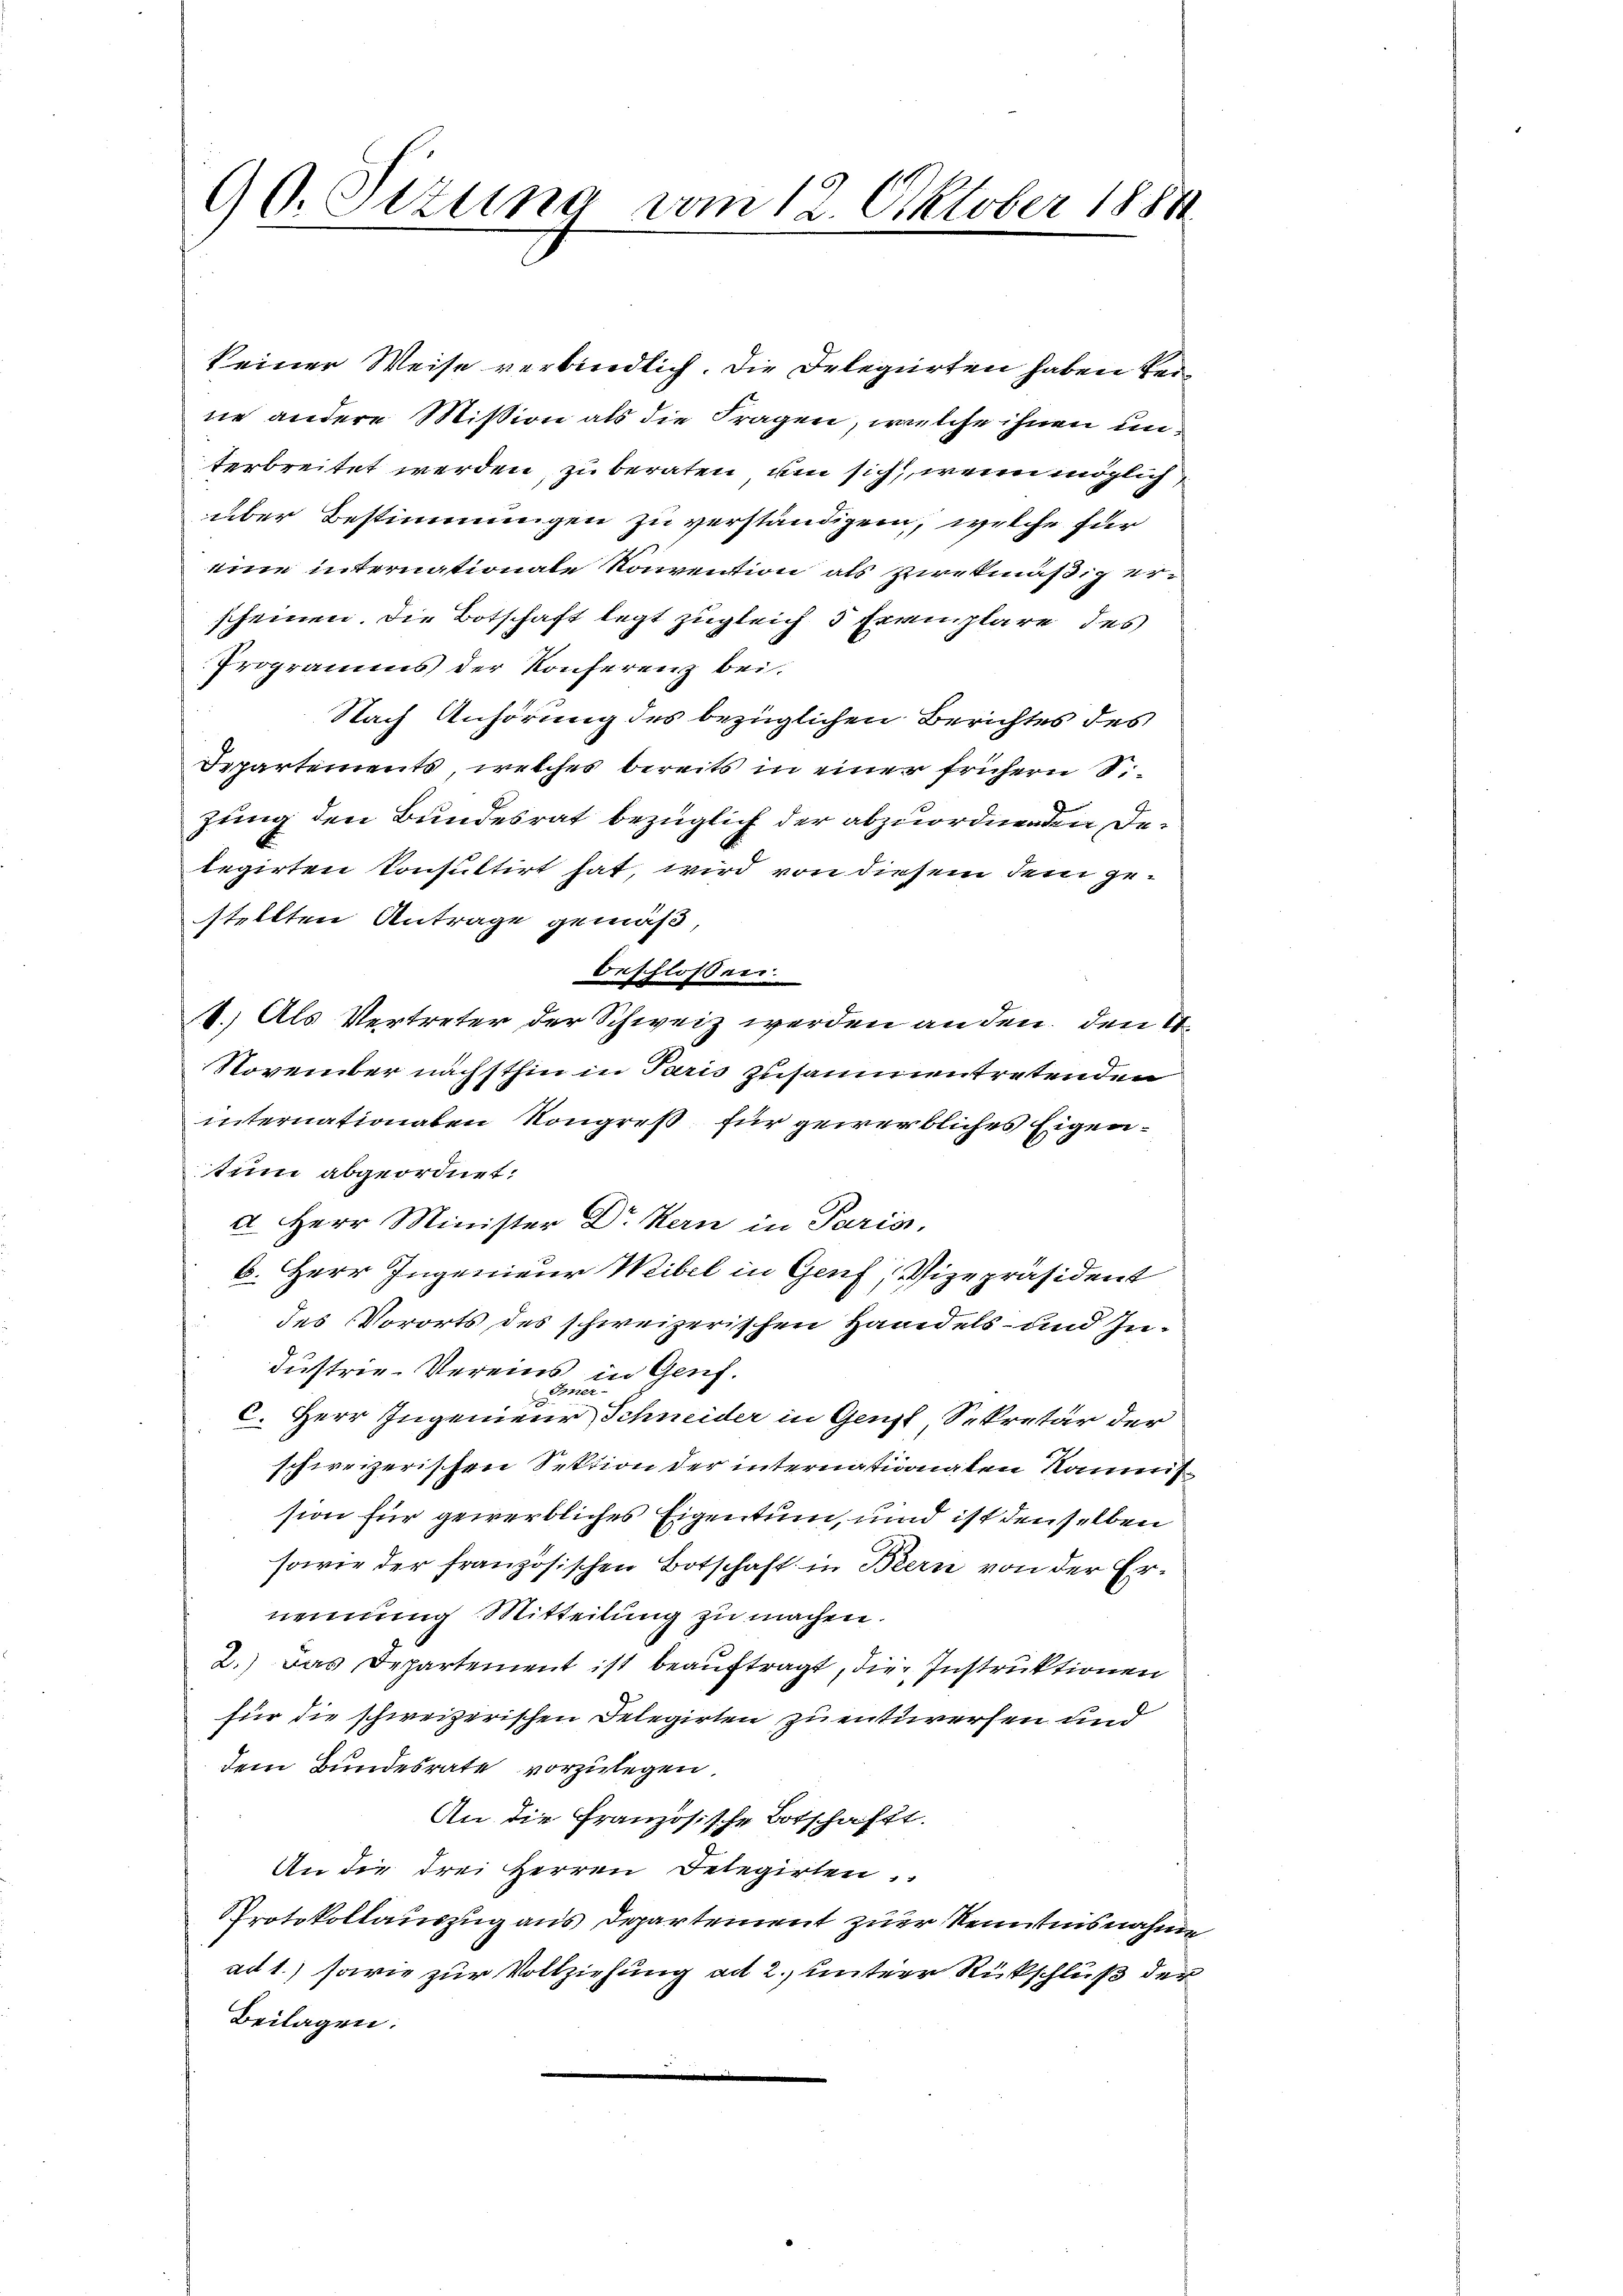
90. Sizung vom 12. Oktober 1884

keiner Weise verbindlich. Die Delegierten haben keine andere Mission als die Fragen, welche ihnen unterbreitet werden, zu beraten, um sich, wenn möglich
über Bestimmungen zu verständigen, welche für
eine internationale Konvention als zwekmäßig erscheinen. Die Botschaft legt zugleich 5 Exemplare des
Programms der Konferenz bei.
Nach Anhörung des bezüglichen Berichtes des
Departements, welches bereits in einer frühern S.
zung den Bundesrat bezüglich der abzuordnenden Delegirten konsultirt hat, wird von diesem dem gestellten Antrage gemäß,
beschlossen:
8.) Als Vertreter der Schweiz werden anden den 4.
November nächsthin in Paris zusammentretenden
internationaben Kongreß für gewerbliches Eigentum abgeordnet.
a. Herr Minister Dr Kern in Paris,
6. Herr Ingenieur Weibel in Genf, Vizepräsident
des Vororts des schweizerischen Handels- und Industrie-Vereins in Genf.
N 220
c. Herr Ingenieur, Schneider in Genzl, Sekretär der
schweizerischen Sektion der internationalen Kant
sion für gewerbliches Eigentum, und ist denselben
sowie der französischen Botschaft in Bern von der Ernennung Mitteilung zu machen.
2.) Das Departement ist beauftragt, die Instruktionen
für die schweizerischen Delegirten zu entwerfen und
dem Bundesrate vorzulegen.
An die Französische Botschafft.
An die drei Herren Delegirten
Protokollauszug aus Departement zur Kenntnisnahme
ad 1.) sowie zur Vollziehung ad 2., unterer Rückschluß der
Beilagen: